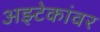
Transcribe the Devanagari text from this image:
अझ्टेकांवर